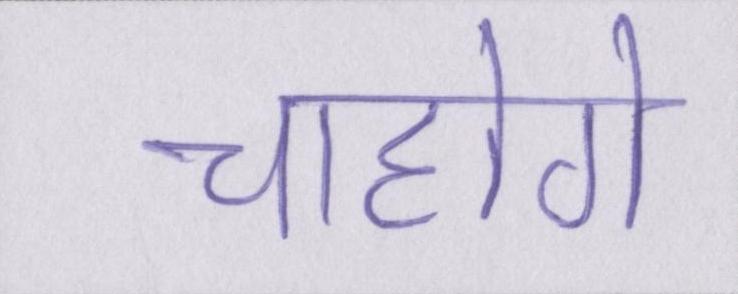
चाहोगे